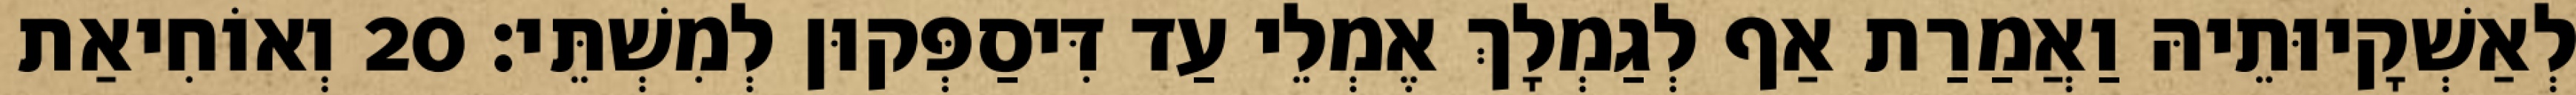
לְאַשְׁקָיוּתֵיהּ וַאֲמַרַת אַף לְגַמְלָךְ אֶמְלֵי עַד דִּיסַפְּקוּן לְמִשְׁתֵּי׃ 20 וְאוֹחִיאַת